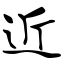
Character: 近